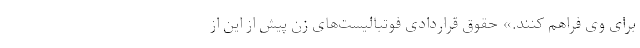
برای وی فراهم کنند.» حقوق قراردادی فوتبالیست‌های زن پیش از این از